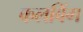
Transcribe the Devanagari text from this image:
कलविंग